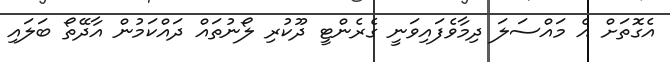
އެގޮތަށް އެ މައްސަލަ ދިމާވެފައިވަނީ ގެރެންޓީ ދޫކުރި ލޯނުތައް ދައްކަމުން އާދޭތޯ ބަލައި